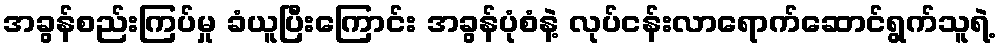
အခွန်စည်းကြပ်မှု ခံယူပြီးကြောင်း အခွန်ပုံစံနဲ့ လုပ်ငန်းလာရောက်ဆောင်ရွက်သူရဲ့